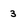
Character: 3